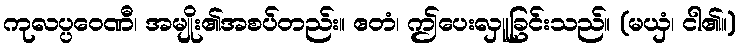
ကုလပ္ပဝေဏီ၊ အမျိုး၏အစပ်တည်း။ ဧတံ၊ ဤပေးလှူခြင်းသည်။ (မယှံ၊ ငါ၏။)